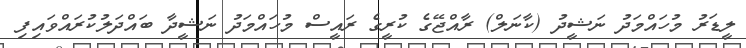
ލީޑަރު މުހައްމަދު ނަޝީދު (ކާނަލް) ރާއްޖޭގެ ކުރީގެ ރައީސް މުހައްމަދު ނަޝީދާ ބައްދަލުކުރައްވައިފި